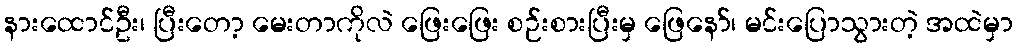
နားထောင်ဦး၊ ပြီးတော့ မေးတာကိုလဲ ဖြေးဖြေး စဉ်းစားပြီးမှ ဖြေနော်၊ မင်းပြောသွားတဲ့ အထဲမှာ